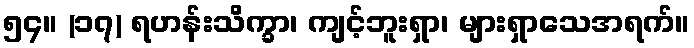
၅၄။ (၁၇) ရဟန်းသိက္ခာ၊ ကျင့်ဘူးရှာ၊ များရှာသေအရက်။